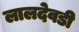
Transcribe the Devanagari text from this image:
लालदेवडी